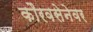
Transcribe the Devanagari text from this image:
कौरवसेनेवर